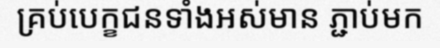
គ្រប់បេក្ខជនទាំងអស់មាន ភ្ជាប់មក